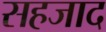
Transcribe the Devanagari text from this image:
सहजाद